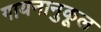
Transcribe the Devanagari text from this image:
गायनानुकूल